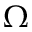
\Omega